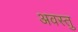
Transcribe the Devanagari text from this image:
अवस्तु